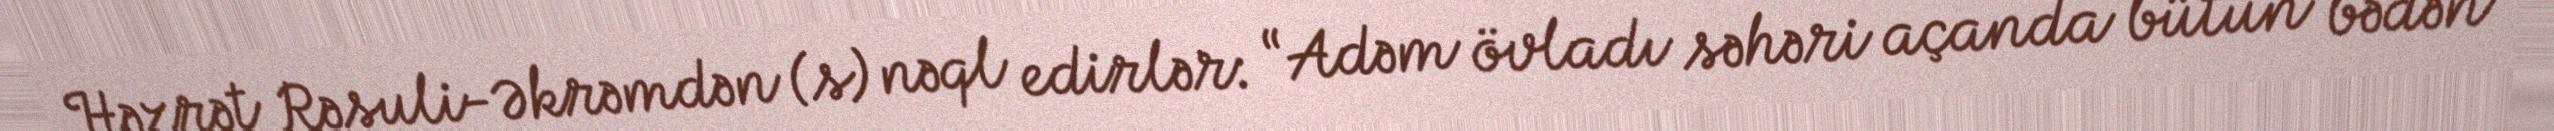
Həzrət Rəsuli-Əkrəmdən (s) nəql edirlər: “Adəm övladı səhəri açanda bütün bədən